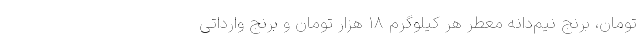
تومان، برنج نیم‌دانه معطر هر کیلوگرم ۱۸ هزار تومان و برنج وارداتی